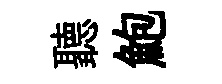
聽鮑